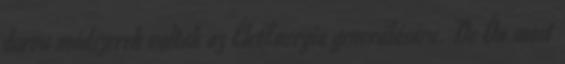
durva módszerek voltak az ÉletEnergia generálására. De Ön most